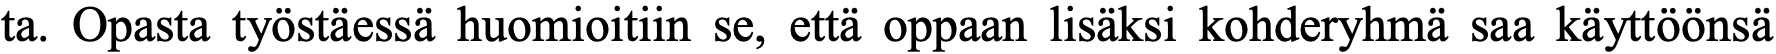
ta. Opasta työstäessä huomioitiin se, että oppaan lisäksi kohderyhmä saa käyttöönsä